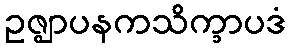
ဥဇ္ဈာပနကသိက္ခာပဒံ